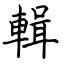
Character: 輯